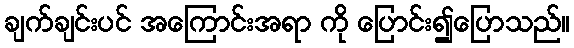
ချက်ချင်းပင် အကြောင်းအရာ ကို ပြောင်း၍ပြောသည်။